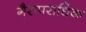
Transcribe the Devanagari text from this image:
गैरापराधिक